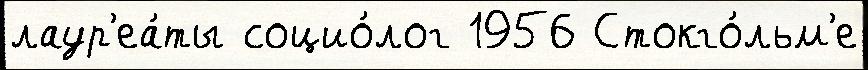
лаур'еа́ты социо́лог 1956 Стокго́льм'е